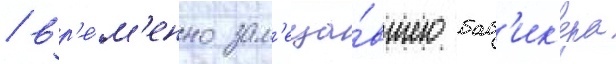
/ вр'е́м'енно зам'еща́вшего баб'ик'ера